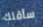
سأقلك